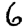
Digit: 6